Civil Veterinary Department Bengal reports 1923-33 - 1923-1933
Year: 1923
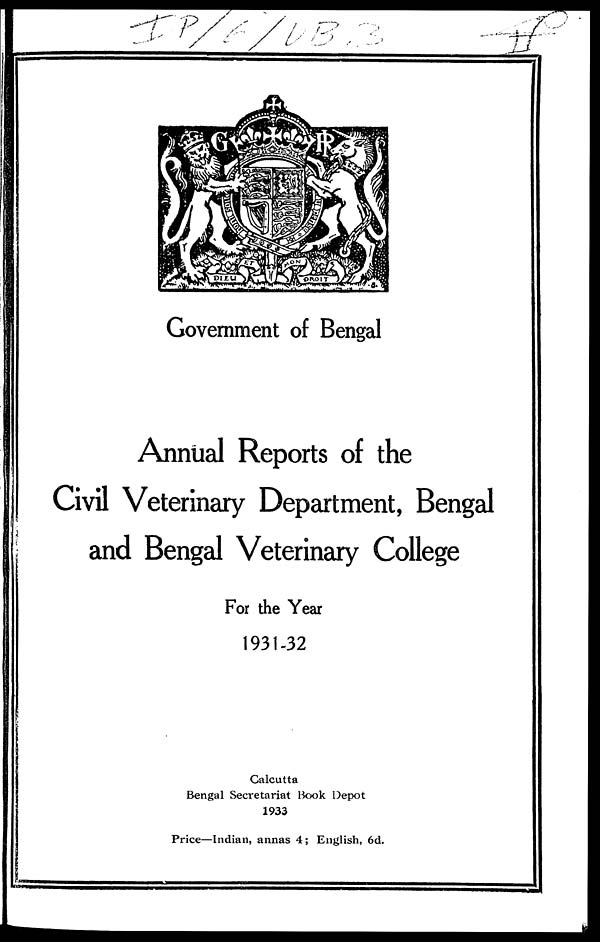
Government of Bengal
Annual Reports of the
Civil Veterinary Department, Bengal
and Bengal Veterinary College
For the Year
1931-32
Calcutta
Bengal Secretariat Book Depot
1933
Price—Indian, annas 4; English, 6d.